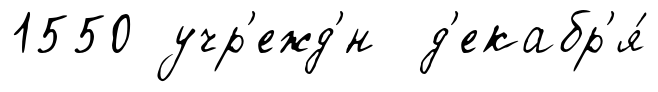
1550 учр'ежд'́н д'екабр'я́